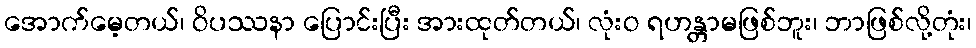
အောက်မေ့တယ်၊ ဝိပဿနာ ပြောင်းပြီး အားထုတ်တယ်၊ လုံးဝ ရဟန္တာမဖြစ်ဘူး၊ ဘာဖြစ်လို့တုံး၊